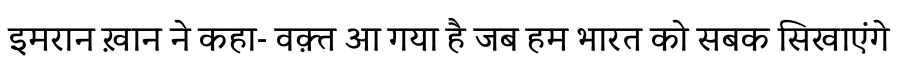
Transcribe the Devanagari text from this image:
इमरान ख़ान ने कहा- वक़्त आ गया है जब हम भारत को सबक सिखाएंगे